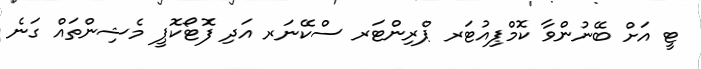
ޓީ އަށް ބޭނުންވާ ކޮމްޕިއުޓަރ ޕްރިންޓަރ ސްކޭނަރ އަދި ފޮޓޯކޮޕީ މެޝިންތައް ގަނެ